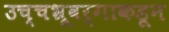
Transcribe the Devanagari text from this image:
उच्चभ्रूवर्गाकडून